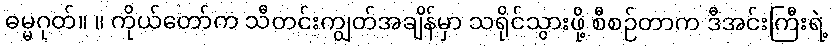
ဓမ္မဂုတ်။ ။ ကိုယ်တော်က သီတင်းကျွတ်အချိန်မှာ သရိုင်သွားဖို့ စီစဉ်တာက ဒီအင်းကြီးရဲ့